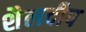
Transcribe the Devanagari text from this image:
शैलदीप